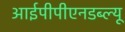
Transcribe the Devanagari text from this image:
आईपीपीएनडब्ल्यू